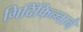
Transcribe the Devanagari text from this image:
गिदिंफिन्‍नानै